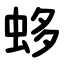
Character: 蛥